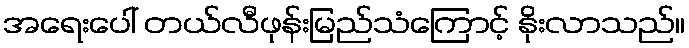
အရေးပေါ် တယ်လီဖုန်းမြည်သံကြောင့် နိုးလာသည်။